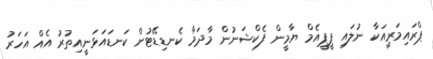
ޕްރައިމަރީއަކާ ނުލައި ޕީޕީއެމް ޔާމީން ފެކްޝަނުން މާދަމާ ކެނޑިޑޭޓުން ކަނޑައަޅަނީއިތުރު އެއް އަހަރު